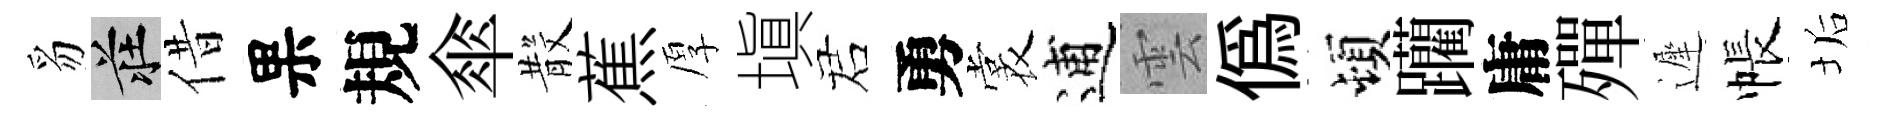
豸莊借果規傘𣪚蕉厚塡诺勇裳逋雲偽頓躪庸殫遲帳垢